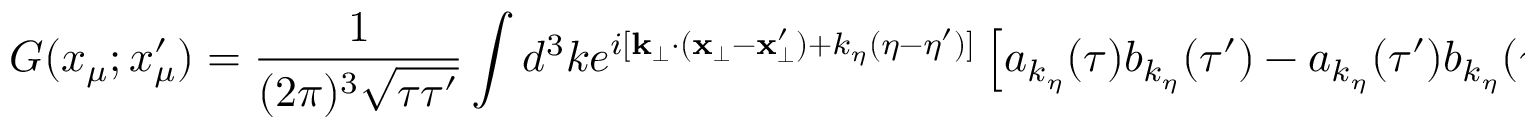
G ( x _ { \mu } ; x _ { \mu } ^ { \prime } ) = \frac { 1 } { ( 2 \pi ) ^ { 3 } \sqrt { \tau \tau ^ { \prime } } } \int d ^ { 3 } k e ^ { i [ \mathbf { k } _ { \bot } \cdot ( \mathbf { x } _ { \bot } - \mathbf { x } _ { \bot } ^ { \prime } ) + k _ { \eta } ( \eta - \eta ^ { \prime } ) ] } \left[ a _ { k _ { \eta } } ( \tau ) b _ { k _ { \eta } } ( \tau ^ { \prime } ) - a _ { k _ { \eta } } ( \tau ^ { \prime } ) b _ { k _ { \eta } } ( \tau ) \right] \: ,